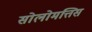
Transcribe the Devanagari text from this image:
सोलोमत्तिस